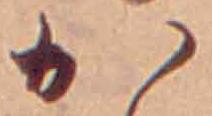
か